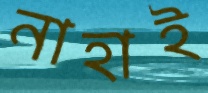
নাহাই